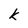
Character: k